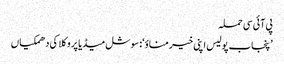
پی آئی سی حملہ
’پنجاب پولیس اپنی خیر مناؤ‘: سوشل میڈیا پر وکلا کی دھمکیاں